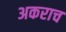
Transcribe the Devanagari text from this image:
अकराच